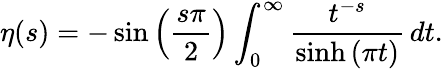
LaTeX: \eta(s)=-\sin\left({\frac{s\pi}{2}}\right)\int_{0}^{\infty}{\frac{t^{-s}}{\sinh{(\pi t)}}}\, dt.